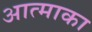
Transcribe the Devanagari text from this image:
आत्माका